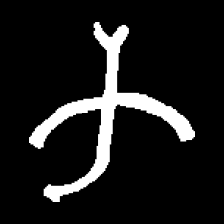
Pyu character \u2014 Myanmar letter: က (romanized: ka)